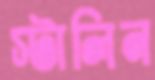
স্টালিন